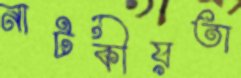
নাটকীয়তা